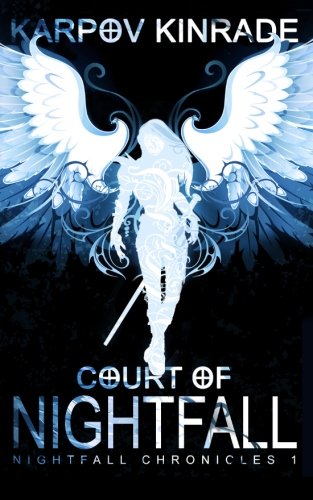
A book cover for Court of Nightfall (Volume 1); Karpov Kinrade; Science Fiction & Fantasy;